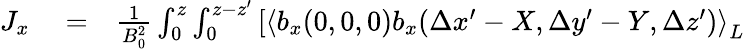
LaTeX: \begin{array}{rlr}{J_{x}}&{{}=}&{\frac{1}{B_{0}^{2}}\int_{0}^{z}\int_{0}^{z-z^{\prime}}\left[\left\langle b_{x}(0,0,0)b_{x}(\Delta x^{\prime}-X,\Delta y^{\prime}-Y,\Delta z^{\prime})\right\rangle_{L}\right.}\end{array}